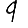
Digit: 9